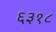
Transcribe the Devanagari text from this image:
६३१८